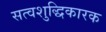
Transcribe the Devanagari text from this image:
सत्वशुद्धिकारक